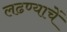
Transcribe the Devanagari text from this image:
लढण्याचें